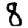
Digit: 8